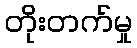
တိုးတက်မှု